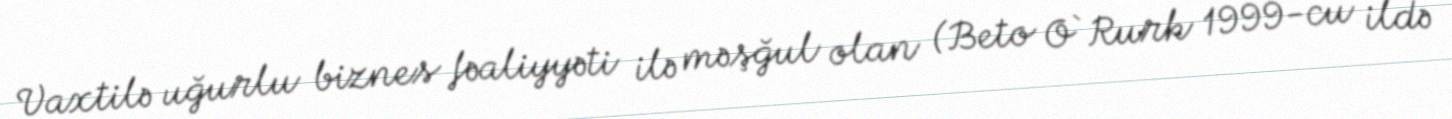
Vaxtilə uğurlu biznes fəaliyyəti ilə məşğul olan (Beto O`Rurk 1999-cu ildə